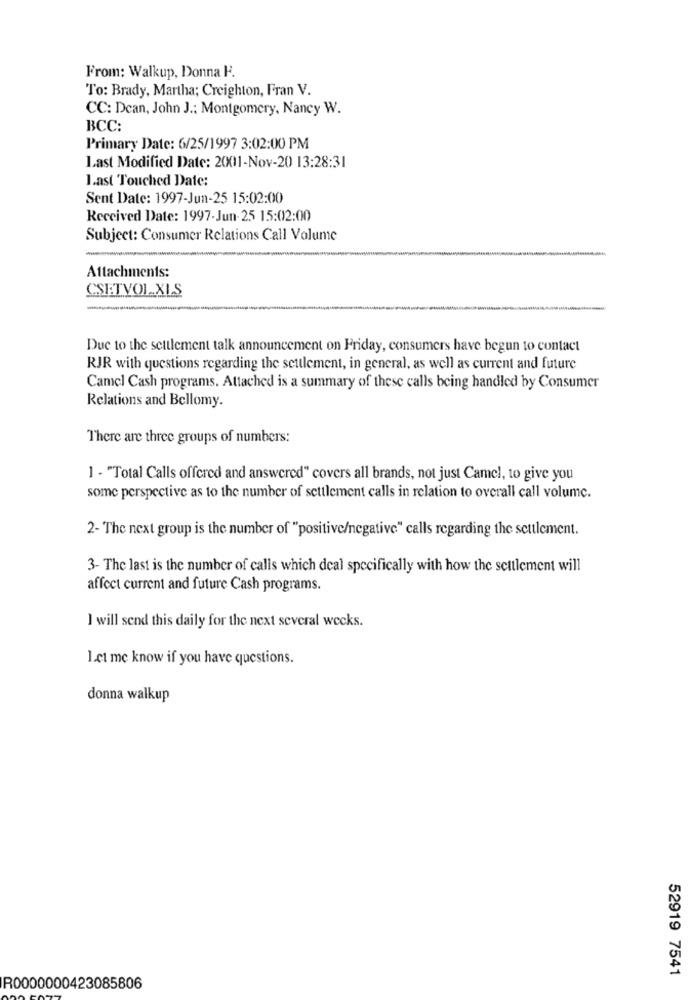
From: Walkup, Donna F.
To: Brady, Martha; Creighton, Fran V.
CC: Dean, John J .: Montgomery, Nancy W.
BCC:
Primary Date: 6/25/1997 3:02:00 PM
Last Modified Date: 2001-Nov-20 13:28:31
I.ast Touched Date:
Sent Date: 1997-Jun-25 15:02:00
Received Date: 1997-Jun- 25 15:02:00
Subject: Consumer Relations Call Volume
Attachments:
CSETVOL XLS
Due to the settlement talk announcement on Friday, consumers have begun to contact
RJR with questions regarding the settlement, in general, as well as current and future
Camel Cash programs. Attached is a summary of these calls being handled by Consumer
Relations and Bellomy.
There are three groups of numbers:
1 - "Total Calls offered and answered" covers all brands, not just Camel, to give you
some perspective as to the number of settlement calls in relation to overall call volume.
2- The next group is the number of "positive/negative" calls regarding the settlement.
3- The last is the number of calls which deal specifically with how the settlement will
affect current and future Cash programs.
I will send this daily for the next several weeks.
Let me know if you have questions.
donna walkup
52919 7541
R0000000423085806